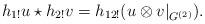
LaTeX: \begin{align*}h_{1!}u \star h_{2!}v = h_{12!}( u\otimes v\vert_{G^{(2)}}). \end{align*}